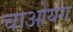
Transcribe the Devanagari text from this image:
चाओयंग